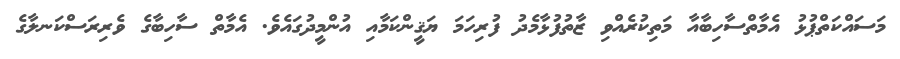
މަސައްކަތްޕުޅު އެމާތްސާހިބާއާ މަތިކުރެއްވި ޒާތުފުޅާމެދު ފުރިހަމަ ޔަޤީންކަމާއި އުންމީދުގައެވެ. އެމާތް ސާހިބާގެ ވެރިރަސްކަނލާގެ